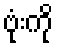
ဗုံးကို